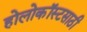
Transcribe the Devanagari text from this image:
होलोकॉस्टसाठी